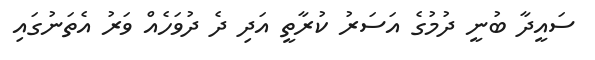
ސައީދާ ބުނީ ދުމުގެ އަސަރު ކުރާތީ އަދި ދެ ދުވަހެއް ވަރު އެތަނުގައި